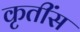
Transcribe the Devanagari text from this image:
कृतींस